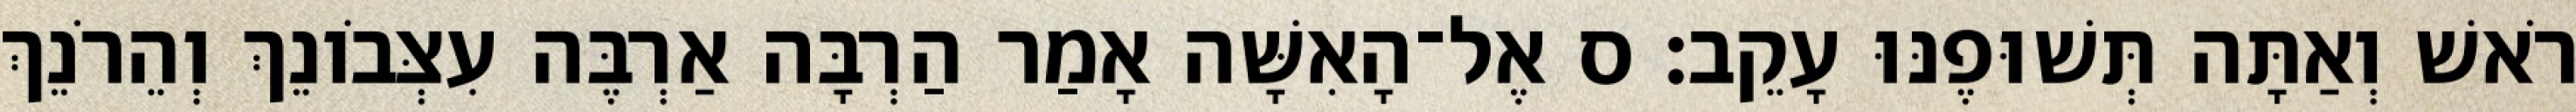
רֹאשׁ וְאַתָּה תְּשׁוּפֶנּוּ עָקֵב׃ ס אֶל־הָאִשָּׁה אָמַר הַרְבָּה אַרְבֶּה עִצְּבֹונֵךְ וְהֵרֹנֵךְ